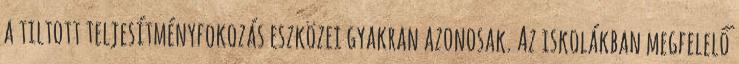
a tiltott teljesítményfokozás eszközei gyakran azonosak. Az iskolákban megfelelő